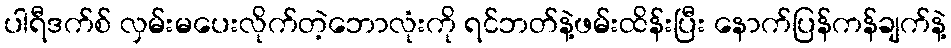
ပါရီဒက်စ် လှမ်းမပေးလိုက်တဲ့ဘောလုံးကို ရင်ဘတ်နဲ့ဖမ်းထိန်းပြီး နောက်ပြန်ကန်ချက်နဲ့